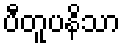
ပီတူပနိသာ